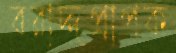
বরাদ্দপ্রাপক